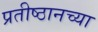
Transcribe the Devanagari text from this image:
प्रतीष्ठानच्या